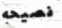
نصيحه